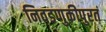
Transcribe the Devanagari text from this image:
निवडणुकीपुरतं